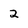
Character: 2